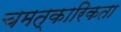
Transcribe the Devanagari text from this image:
चमत्कारिकता